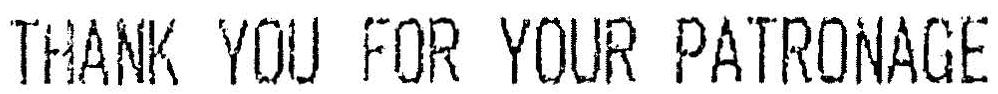
THANK YOU FOR YOUR PATRONAGE